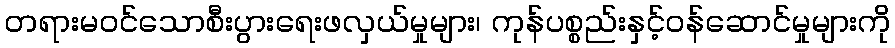
တရားမဝင်သောစီးပွားရေးဖလှယ်မှုများ၊ ကုန်ပစ္စည်းနှင့်ဝန်ဆောင်မှုများကို